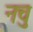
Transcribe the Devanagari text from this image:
नचु